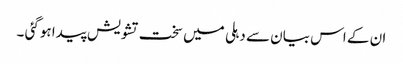
ان کے اس بیان سے دہلی میں سخت تشویش پیدا ہوگئی ۔